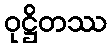
ဝုဋ္ဌိတဿ